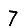
Digit: 7